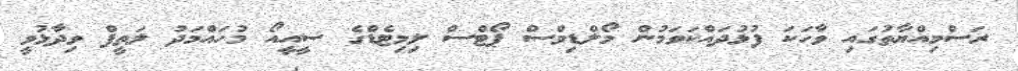
ރަސްމިއްޔާތުގައި ވާހަކަ ފުޅުދައްކަވަމުން މޯލްޑިވްސް ޕޯޓްސް ލިމިޓެޑްގެ ސީއީއޯ މުހައްމަދު ލަތީފް ވިދާޅުވީ